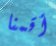
أقمنا